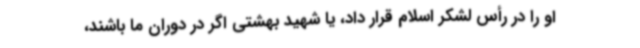
او را در رأس لشکر اسلام قرار داد، یا شهید بهشتی اگر در دوران ما باشند،